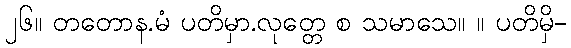
၂၆။ တတောန.မံ ပတိမှာ.လုတ္တေ စ သမာသေ။ ။ ပတိမှိ-